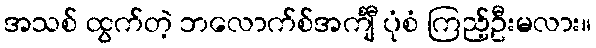
အသစ် ထွက်တဲ့ ဘလောက်စ်အင်္ကျီ ပုံစံ ကြည့်ဦးမလား။